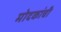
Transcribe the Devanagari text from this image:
मोदकांची